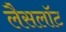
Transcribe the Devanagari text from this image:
लैसलॉट